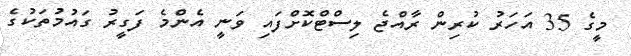
މީގެ 35 އަހަރު ކުރިން ރާއްޖެ ލިސްޓްކޮށްފައި ވަނީ އެންމެ ފަގީރު ގައުމުތަކުގެ